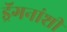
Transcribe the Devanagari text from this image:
ड्रॅगनांशी